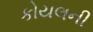
કોયલની